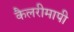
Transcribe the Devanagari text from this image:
कैलरीमापी